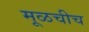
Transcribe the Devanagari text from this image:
मूळचीच